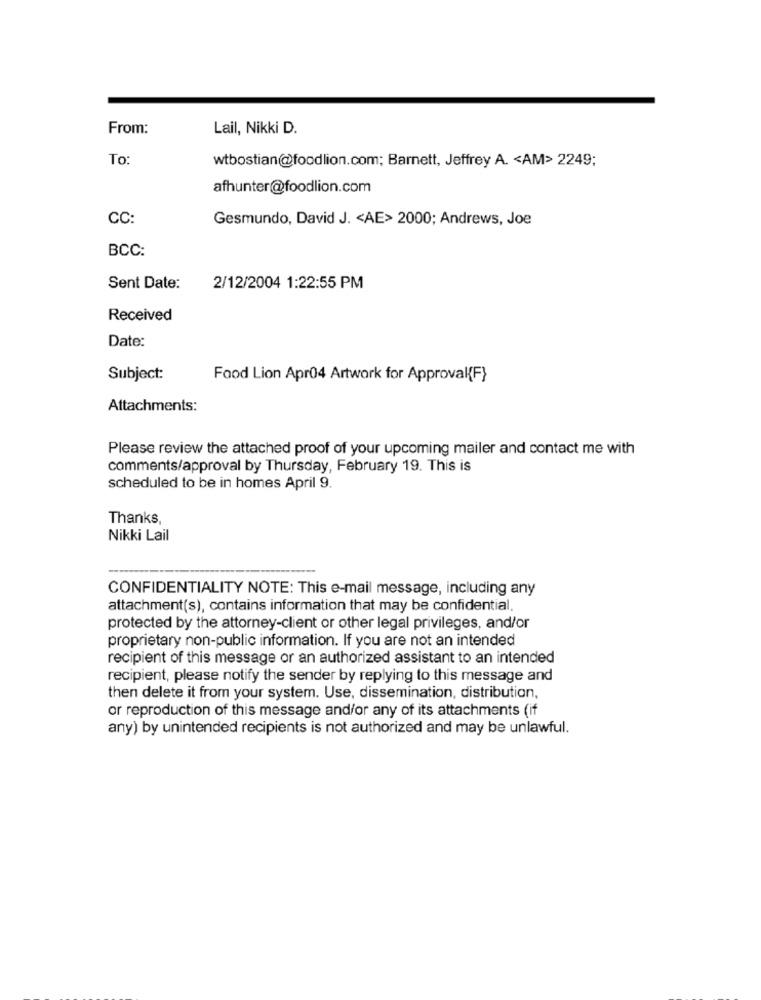
From:
Lail, Nikki D.
To
wtbostian@foodlion.com; Barnett, Jeffrey A. < AM> 2249;
afhunter@foodlion.com
CC:
Gesmundo, David J. < AE> 2000; Andrews, Joe
BCC:
Sent Date:
2/12/2004 1:22:55 PM
Received
Date:
Subject:
Food Lion Apr04 Artwork for Approval{F}
Attachments:
Please review the attached proof of your upcoming mailer and contact me with
comments/approval by Thursday, February 19. This is
scheduled to be in homes April 9.
Thanks,
Nikki Lail
CONFIDENTIALITY NOTE: This e-mail message, including any
attachment(s), contains information that may be confidential.
protected by the attorney-client or other legal privileges, and/or
proprietary non-public information. If you are not an intended
recipient of this message or an authorized assistant to an intended
recipient, please notify the sender by replying to this message and
then delete it from your system. Use, dissemination, distribution,
or reproduction of this message and/or any of its attachments (if
any) by unintended recipients is not authorized and may be unlawful.